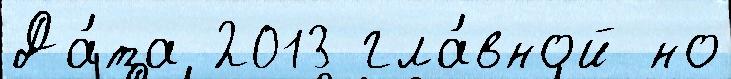
Да́та 2013 гла́вной но